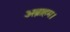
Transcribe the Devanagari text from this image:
अब्राहम।